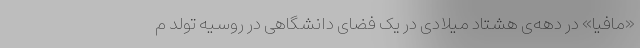
«مافیا» در دهه‌ی هشتاد میلادی در یک فضای دانشگاهی در روسیه تولد م